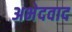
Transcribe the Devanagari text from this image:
अभेदवाद